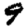
Digit: 9